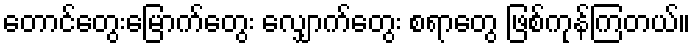
တောင်တွေးမြောက်တွေး လျှောက်တွေး စရာတွေ ဖြစ်ကုန်ကြတယ်။